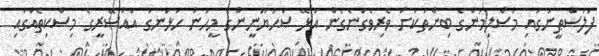
ފަލަސްޠީނުގައި މުސްލިމުންގެ ބިންތަކަށް ވެރިވެގަނެގެން އުޅޭ ޞަހުޔޫނީންގެ މީހުން ހުޅަނގު އައްސޭރީގެ މިސްކިތެއްގައި